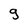
Character: g